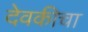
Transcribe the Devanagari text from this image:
देवकीचा